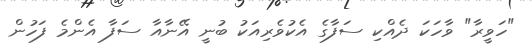
"ހަވީރާ" ވާހަކަ ދެއްކި ސަފާގެ އެކުވެރިއަކު ބުނީ އޭނާއާ ސަފާ އެންމެ ފަހުން